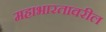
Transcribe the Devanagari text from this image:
महाभारतावरील